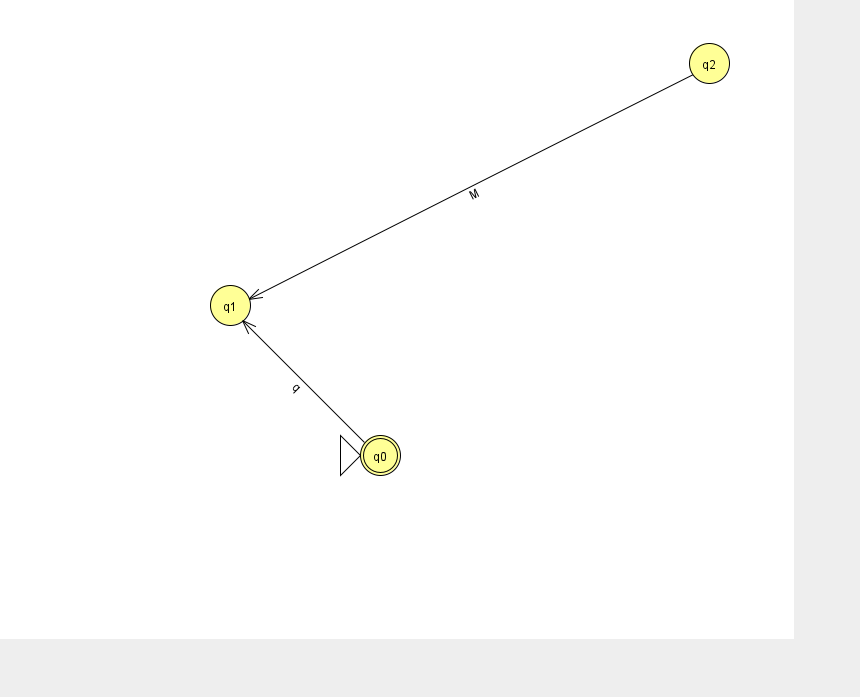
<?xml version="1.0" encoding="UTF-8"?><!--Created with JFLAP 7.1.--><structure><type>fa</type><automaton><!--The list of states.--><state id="0" name="q0"><x>380.0</x><y>442.0</y><initial/><final/></state><state id="1" name="q1"><x>230.0</x><y>292.0</y></state><state id="2" name="q2"><x>709.0</x><y>50.0</y></state><!--The list of transitions.--><transition><from>0</from><to>1</to><read>q</read></transition><transition><from>2</from><to>1</to><read>M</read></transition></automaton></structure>